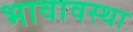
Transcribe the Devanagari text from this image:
भावावस्था